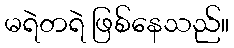
မရဲတရဲ ဖြစ်နေသည်။